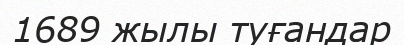
1689 жылы туғандар